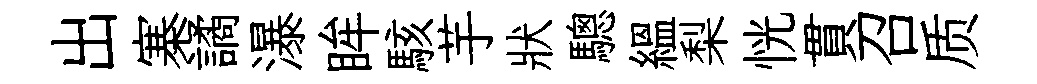
出寨譎瀑眸駭芋狀驄緼梨恍貫召质